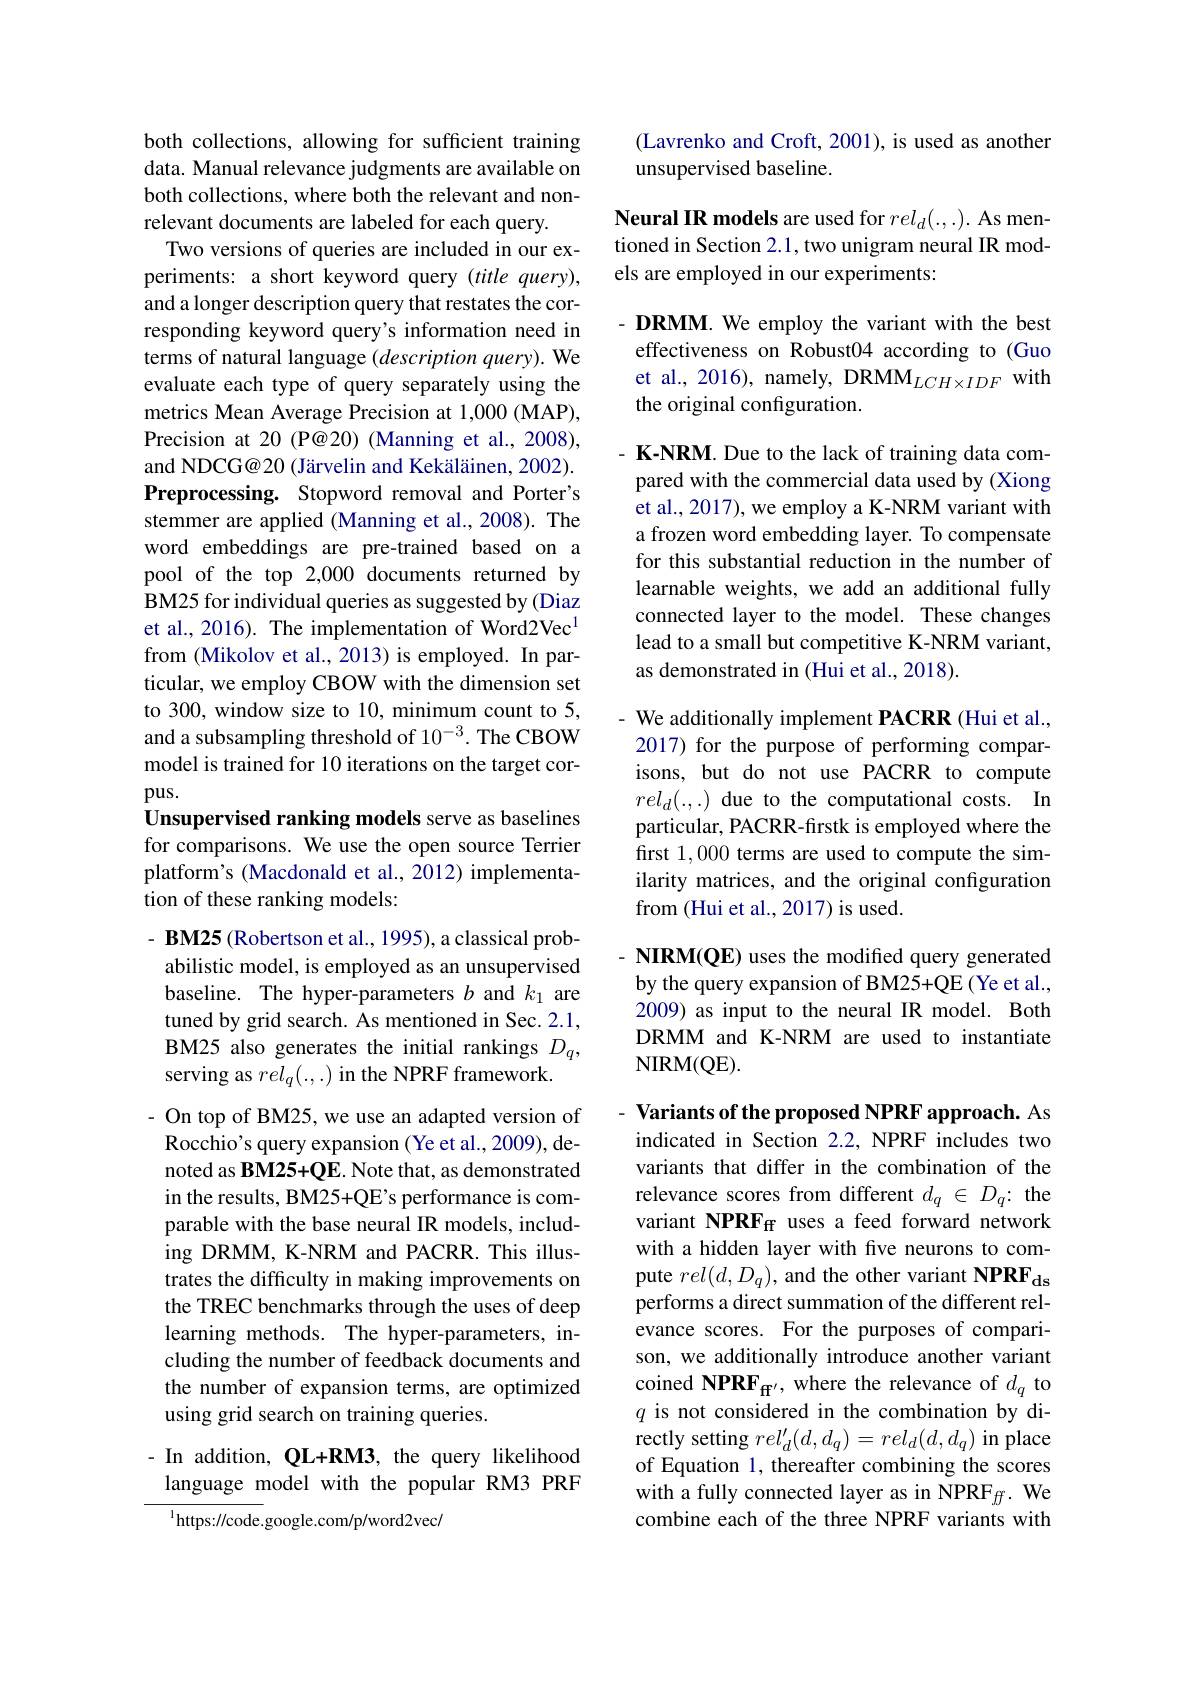
both collections, allowing for sufficient training data. Manual relevance judgments are available on both collections, where both the relevant and nonrelevant documents are labeled for each query.
Two versions of queries are included in our experiments: a short keyword query (title query), and a longer description query that restates the corresponding keyword query's information need in terms of natural language (description query). We evaluate each type of query separately using the metrics Mean Average Precision at 1,000 (MAP), Precision at 20 (P@20) (Manning et al., 2008), and NDCG@20 (Järvelin and Kekäläinen, 2002). Preprocessing. Stopword removal and Porter's stemmer are applied (Manning et al., 2008). The word embeddings are pre-trained based on a pool of the top 2,000 documents returned by BM25 for individual queries as suggested by (Diaz et al., 2016). The implementation of Word2Vec$^{1}$ from (Mikolov et al., 2013) is employed. In particular, we employ CBOW with the dimension set to 300, window size to 10, minimum count to 5, and a subsampling threshold of 10$^{-3}.$ The CBOW model is trained for 10 iterations on the target corpus.
Unsupervised ranking models serve as baselines for comparisons. We use the open source Terrier platform's (Macdonald et al., 2012) implementa-

tion of these ranking models:

BM25 (Robertson et al., 1995), a classical probabilistic model, is employed as an unsupervised baseline. The hyper-parameters $b$ and $k_1$ are tuned by grid search. As mentioned in Sec. 2.1, BM25 also generates the initial rankings $D_q$, serving as $rel_q(.,.)$ in the NPRF framework.

- On top of BM25, we use an adapted version of Rocchio's query expansion (Ye et al., 2009), denoted as BM25+QE. Note that, as demonstrated in the results, BM25+QE's performance is comparable with the base neural IR models, including DRMM, K-NRM and PACRR. This illustrates the difficulty in making improvements on the TREC benchmarks through the uses of deep learning methods. The hyper-parameters, including the number of feedback documents and the number of expansion terms, are optimized using grid search on training queries.

# - In addition, QL+RM3, the query likelihood language model with the popular RM3 PRF

$^{1}$https://code.google.com/p/word2vec/

(Lavrenko and Croft, 2001), is used as another
unsupervised baseline.

Neural IR models are used for $rel_d(.,.).$ As mentioned in Section 2.1, two unigram neural IR models are employed in our experiments:

DRMM. We employ the variant with the best effectiveness on Robust04 according to (Guo et al., 2016), namely, DRMM$_LCH\times IDF$ with the original configuration.

- K-NRM. Due to the lack of training data compared with the commercial data used by (Xiong et al., 2017), we employ a K-NRM variant with a frozen word embedding layer. To compensate for this substantial reduction in the number of learnable weights, we add an additional fully connected layer to the model. These changes lead to a small but competitive K-NRM variant, as demonstrated in (Hui et al., 2018).

- We additionally implement PACRR (Hui et al., 2017) for the purpose of performing comparisons, but do not use PACRR to compute $rel_d(.,.)$ due to the computational costs. In particular, PACRR-firstk is employed where the first 1,000 terms are used to compute the similarity matrices, and the original configuration from (Hui et al., 2017) is used.

- NIRM(QE) uses the modified query generated by the query expansion of BM25+QE (Ye et al., 2009) as input to the neural IR model. Both DRMM and K-NRM are used to instantiate NIRM(QE).

- Variants of the proposed NPRF approach. As indicated in Section 2.2, NPRF includes two variants that differ in the combination of the relevance scores from different $d_q\in D_q{:}$ the variant NPRFf uses a feed forward network with a hidden layer with five neurons to compute $rel(d,D_q)$, and the other variant NPRF performs a direct summation of the different relevance scores. For the purposes of comparison, we additionally introduce another variant coined NPRF$_\mathbf{ff}^{\prime}$, where the relevance of $d_q$ to $q$ is not considered in the combination by directly setting $rel_d^{\prime}(d,d_q)=rel_d(d,d_q)$ in place of Equation 1, thereafter combining the scores with a fully connected layer as in NPRF$_ff.$ We combine each of the three NPRF variants with